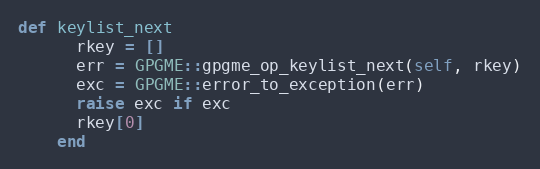
Language: Ruby
def keylist_next
      rkey = []
      err = GPGME::gpgme_op_keylist_next(self, rkey)
      exc = GPGME::error_to_exception(err)
      raise exc if exc
      rkey[0]
    end